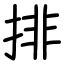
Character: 排